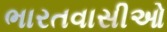
ભારતવાસીઓ